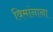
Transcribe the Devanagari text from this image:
विमांनाना